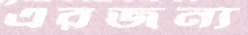
এরজন্য